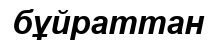
бұйраттан